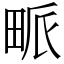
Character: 𤱰